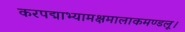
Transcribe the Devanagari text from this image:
करपद्माभ्यामक्षमालाकमण्डलू।